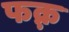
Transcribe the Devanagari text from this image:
फक़्र